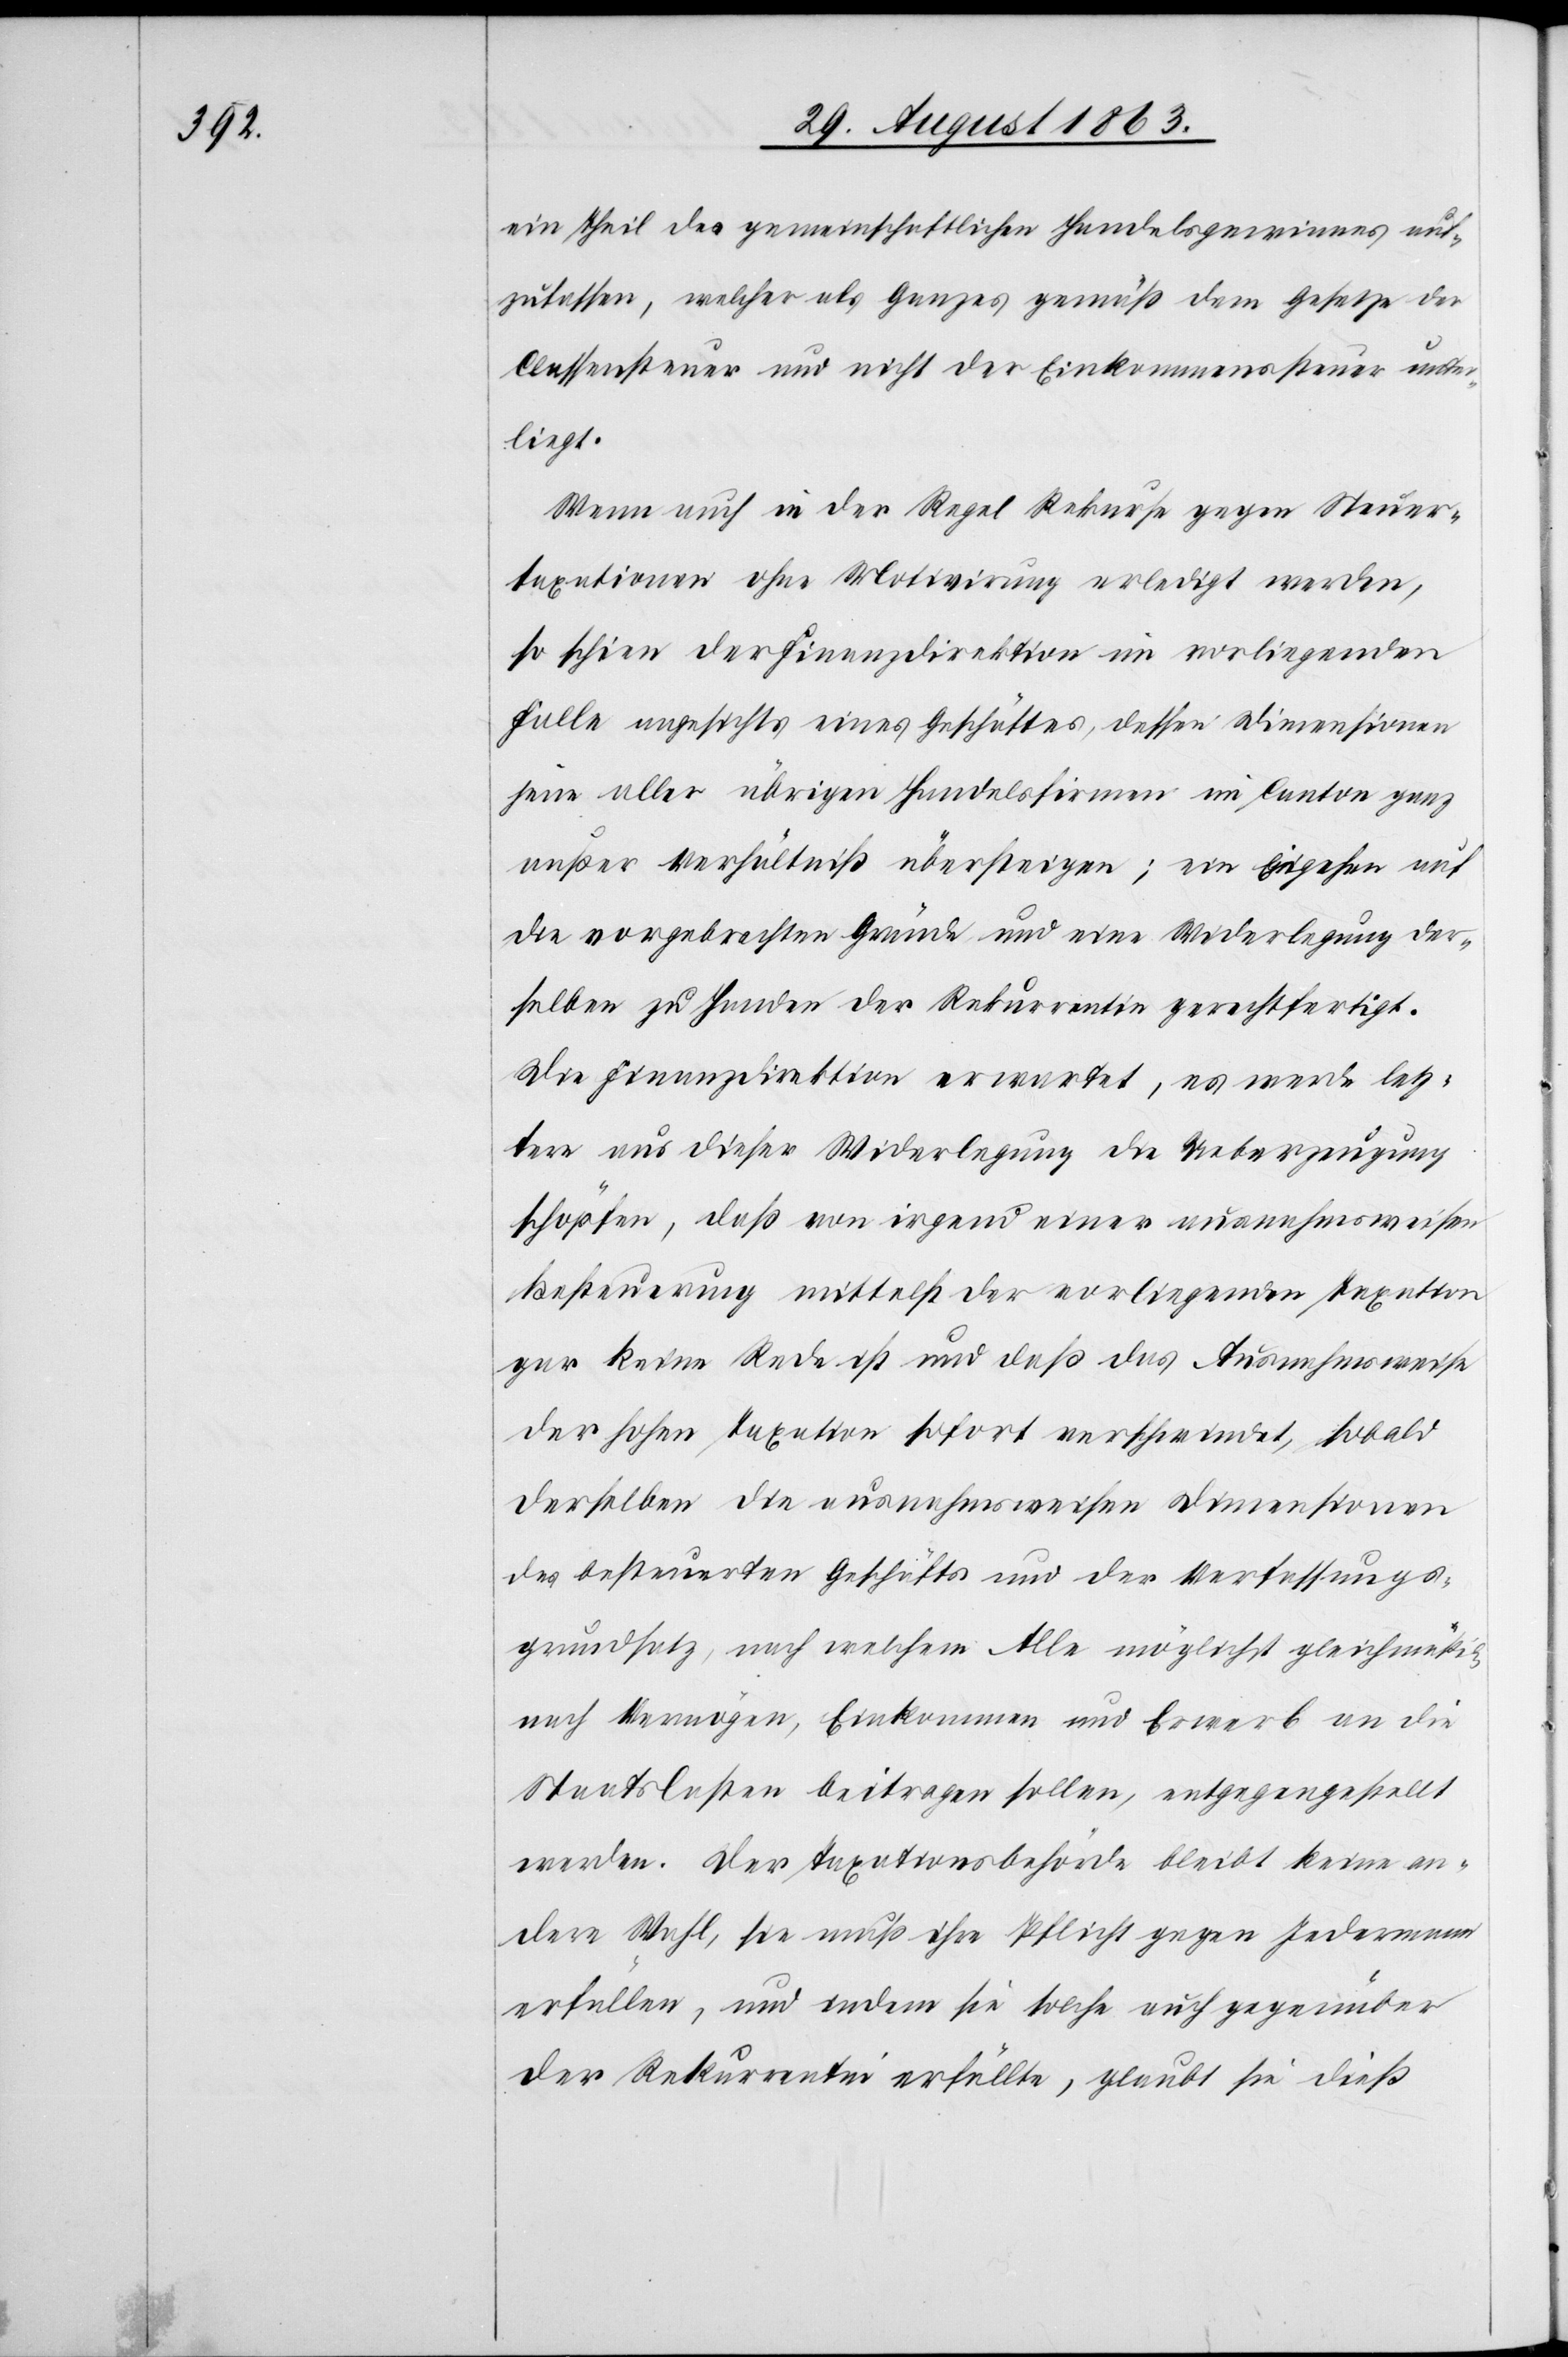
ein Theil des gemeinschaftlichen Handelsgewinnes auf¬
zufassen, welcher als Ganzes gemäß dem Gesetze der
Classensteuer und nicht der Einkommenssteuer unter¬
liegt.
Wenn auch in der Regel Rekurse gegen Steuer¬
taxationen ohne Motivirung erledigt werden,
so schien der Finanzdirektion im vorliegenden
Falle angesichts eines Geschäftes, dessen Dimensionen
jene aller übrigen Handelsfirmen im Canton ganz
außer Verhältniß übersteigen; ein Eingehen auf
die vorgebrachten Gründe und eine Widerlegung der¬
selben zu Handen der Rekurrentin gerechtfertigt.
Die Finanzdirektion erwartet, es werde letz¬
tere aus dieser Widerlegung die Ueberzeugung
schöpfen, daß von irgend einer ausnahmsweisen
Besteuerung mittelst der vorliegenden Taxation
gar keine Rede ist und daß das Ausnahmsweise
der hohen Taxation sofort verschwindet, sobald
derselben die ausnahmsweisen Dimensionen
des besteuerten Geschäfts und der Verfassungs¬
grundsatz, nach welchem Alle möglichst gleichmäßig
nach Vermögen, Einkommen und Erwerb an die
Staatslasten beitragen sollen, entgegengestellt
werden. Der Taxationsbehörde bleibt keine an¬
dere Wahl, sie muß ihre Pflicht gegen Jedermann
erfüllen, und indem sie solche auch gegenüber
der Rekurrentin erfüllte, glaubt sie dieß